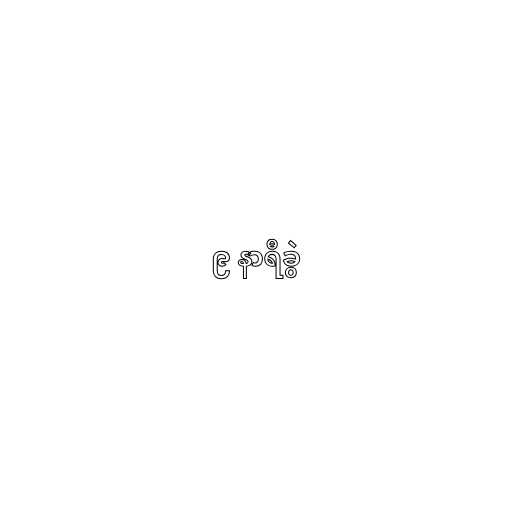
၉ နာရီခွဲ